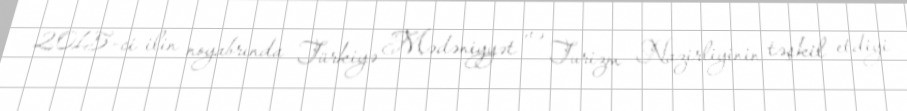
2015-ci ilin noyabrında Türkiyə Mədəniyyət və Turizm Nazirliyinin təşkil etdiyi